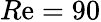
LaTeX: R\mathrm{e}=90